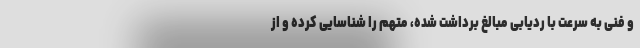
و فنی به سرعت با ردیابی مبالغ برداشت شده، متهم را شناسایی کرده و از